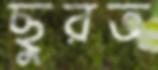
ছুরত